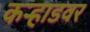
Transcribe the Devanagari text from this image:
कऱ्हाडवर